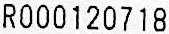
R000120718